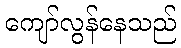
ကျော်လွန်နေသည်